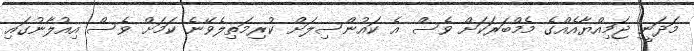
މަދަނީ ޖަމިއްޔާއެއްގެ މެމްބަރަކަށް ވެސް އެ ކައުންސިލަށް ކުރިމަތިލެވޭނެ ކަމަށް ވެސް އިއުލާނުގައި